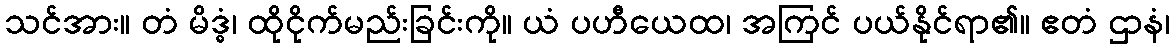
သင်အား။ တံ မိဒ္ဓံ၊ ထိုငိုက်မည်းခြင်းကို။ ယံ ပဟီယေထ၊ အကြင် ပယ်နိုင်ရာ၏။ ဧတံ ဌာနံ၊